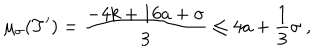
LaTeX: \mu _ { \sigma } ( T ^ { \prime } ) = \frac { - 4 k + 1 6 a + \sigma } { 3 } \leq 4 a + \frac { 1 } { 3 } \sigma \ ,